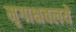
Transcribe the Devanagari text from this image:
मृगाक्षवलये